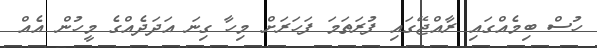
ހުސް ބިމެއްގައި ރާއްޖޭގައި ފުރަތަމަ ފަހަރަށް މިހާ ގިނަ އަދަދެއްގެ މީހުން އެއް